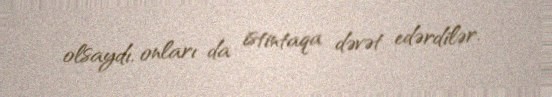
olsaydı, onları da istintaqa dəvət edərdilər.